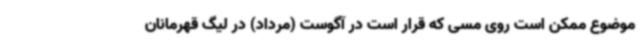
موضوع ممکن است روی مسی که قرار است در آگوست (مرداد) در لیگ قهرمانان